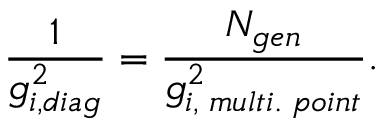
\frac { 1 } { g _ { i , d i a g } ^ { 2 } } = \frac { N _ { g e n } } { g _ { i , \; m u l t i . \; p o i n t } ^ { 2 } } .